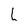
Character: l